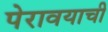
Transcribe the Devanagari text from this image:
पेरावयाची